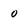
Character: 0